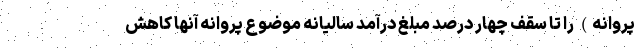
پروانه) را تا سقف چهار درصد مبلغ درآمد سالیانه موضوع پروانه آنها کاهش